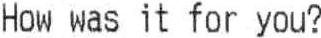
HOW WAS IT FOR YOU?